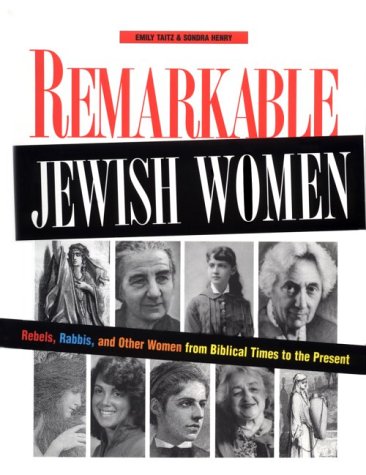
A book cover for Remarkable Jewish Women: Rebels, Rabbis, and Other Women from Biblical Times to the Present; Emily Taitz; Teen & Young Adult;